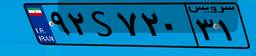
۲۴S۶۹۵۴۰